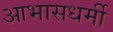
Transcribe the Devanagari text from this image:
आभासधर्मी